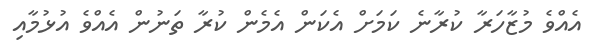
އެއްވެ މުޒާހަރާ ކުރާނެ ކަމަށް އެކަން އެމެން ކުރާ ތަނުން އެއްވެ އުޅުމާއި